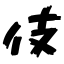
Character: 伎